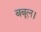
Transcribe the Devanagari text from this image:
बबूल।